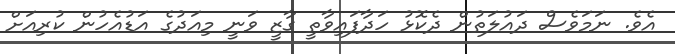
އެވެ. ނަމަވެސް ދައުލަތުން ދެކޮޅު ހަދާފައިވާތީ ގާޒީ ވަނީ މިއަދުގެ އަޑުއެހުން ކުރިއަށް